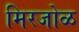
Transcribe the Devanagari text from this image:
मिरजोळ